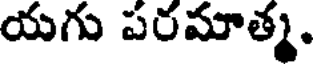
యగు పరమాత్మ.